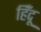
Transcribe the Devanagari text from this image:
हिँदू